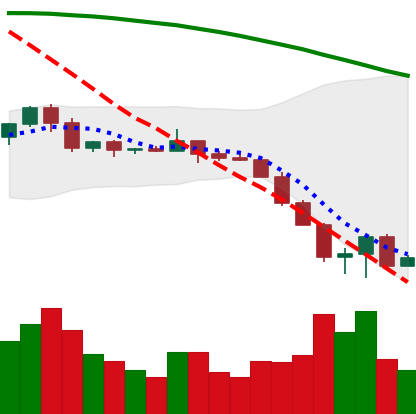
Ticker: ETC-USD
Chart end date: 2022-06-17
Forward return: 5.93%
Label: up_5_7